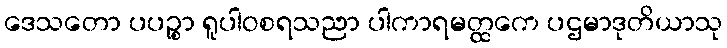
ဒေသတော ပပဉ္စာ ရူပါဝစရသညာ ပါကာရမတ္ထကေ ပဌမာဒုတိယာသု